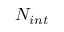
N _ { i n t }